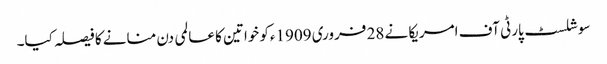
سوشلسٹ پارٹی آف امریکا نے 28 فروری 1909ءکو خواتین کا عالمی دن منانے کا فیصلہ کیا۔